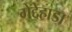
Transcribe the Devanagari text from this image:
गेद्देहाडा